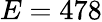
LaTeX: E=478